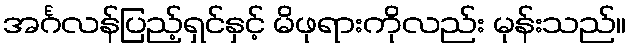
အင်္ဂလန်ပြည့်ရှင်နှင့် မိဖုရားကိုလည်း မုန်းသည်။